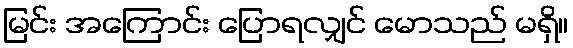
မြင်း အကြောင်း ပြောရလျှင် မောသည် မရှိ။